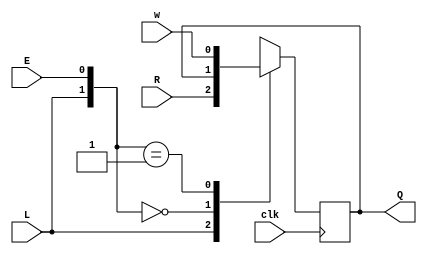
module top_module (
    input clk,
    input w, R, E, L,
    output Q
);

    always@(posedge clk)begin
        casez ({L, E})
            2'b1z: Q <= R;
            2'b00: Q <= Q;
            2'b01: Q <= w;
        endcase
    end

endmodule